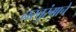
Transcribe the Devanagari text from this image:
नरतुरंगाचे